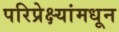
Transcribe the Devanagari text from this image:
परिप्रेक्ष्यांमधून